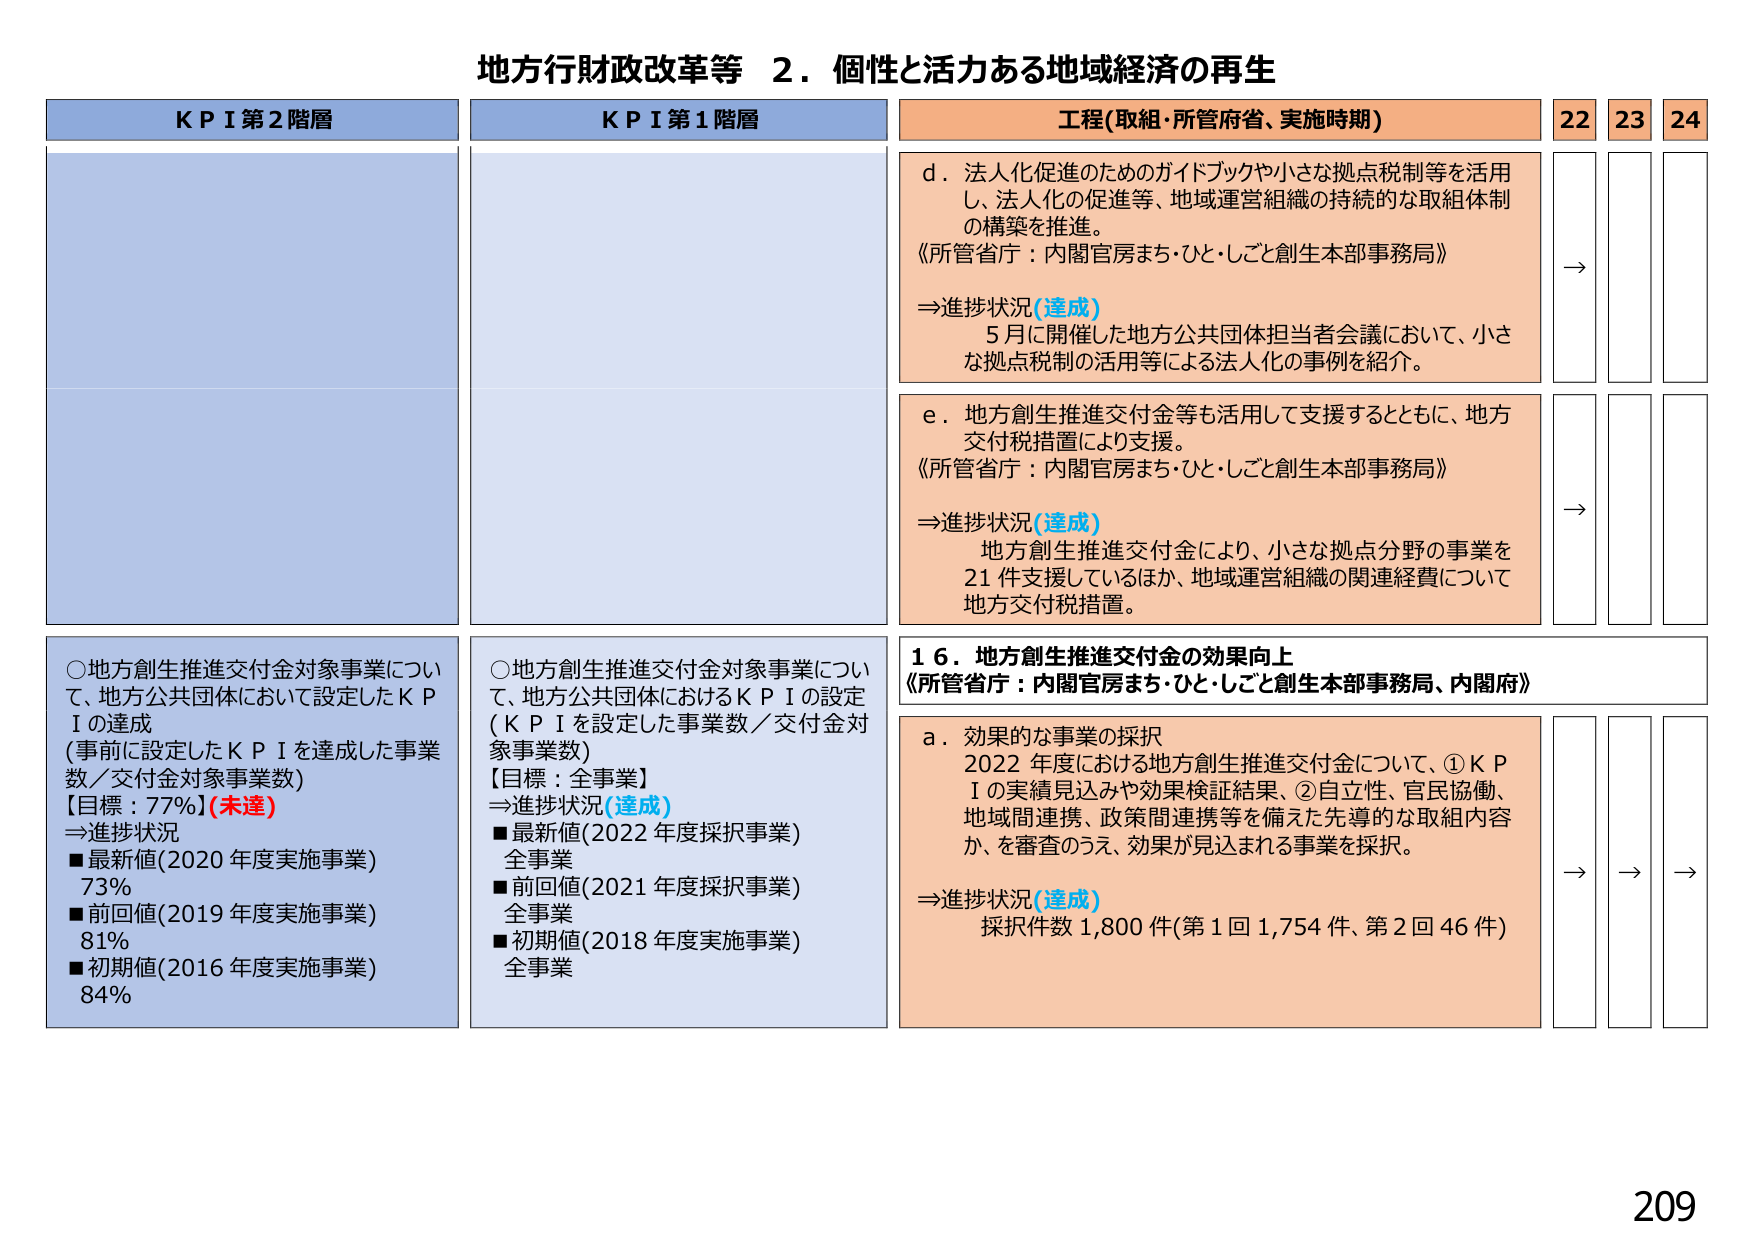
地方行財政改革等　２．個性と活力ある地域経済の再生

ＫＰＩ第２階層

○地方創生推進交付金対象事業について、地方公共団体において設定したＫＰＩの達成
（事前に設定したＫＰＩを達成した事業数／交付金対象事業数）
【目標：77％】（未達）
⇒進捗状況
■最新値（2020年度実施事業）　73％
■前回値（2019年度実施事業）　81％
■初期値（2016年度実施事業）　84％

ＫＰＩ第１階層

○地方創生推進交付金対象事業について、地方公共団体におけるＫＰＩの設定
（ＫＰＩを設定した事業数／交付金対象事業数）
【目標：全事業】
⇒進捗状況（達成）
■最新値（2022年度採択事業）　全事業
■前回値（2021年度採択事業）　全事業
■初期値（2018年度実施事業）　全事業

工程（取組・所管府省、実施時期）

ｄ．法人化促進のためのガイドブックや小さな拠点税制等を活用し、法人化の促進等、地域運営組織の持続的な取組体制の構築を推進。
《所管省庁：内閣官房まち・ひと・しごと創生本部事務局》
⇒進捗状況（達成）
５月に開催した地方公共団体担当者会議において、小さな拠点税制の活用等による法人化の事例を紹介。

ｅ．地方創生推進交付金等も活用して支援するとともに、地方交付税措置により支援。
《所管省庁：内閣官房まち・ひと・しごと創生本部事務局》
⇒進捗状況（達成）
地方創生推進交付金により、小さな拠点分野の事業を21件支援しているほか、地域運営組織の関連経費について地方交付税措置。

１６．地方創生推進交付金の効果向上
《所管省庁：内閣官房まち・ひと・しごと創生本部事務局、内閣府》

ａ．効果的な事業の採択
2022年度における地方創生推進交付金について、①ＫＰＩの実績見込みや効果検証結果、②自立性、官民協働、地域間連携、政策間連携等を備えた先導的な取組内容か、を審査のうえ、効果が見込まれる事業を採択。
⇒進捗状況（達成）
採択件数1,800件（第1回1,754件、第2回46件）

22　23　24
→　→　→
→　→　→
→　→　→

209